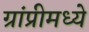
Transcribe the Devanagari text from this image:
ग्रांप्रीमध्ये